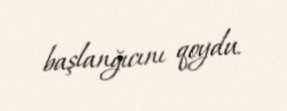
başlanğıcını qoydu.